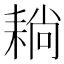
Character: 耥